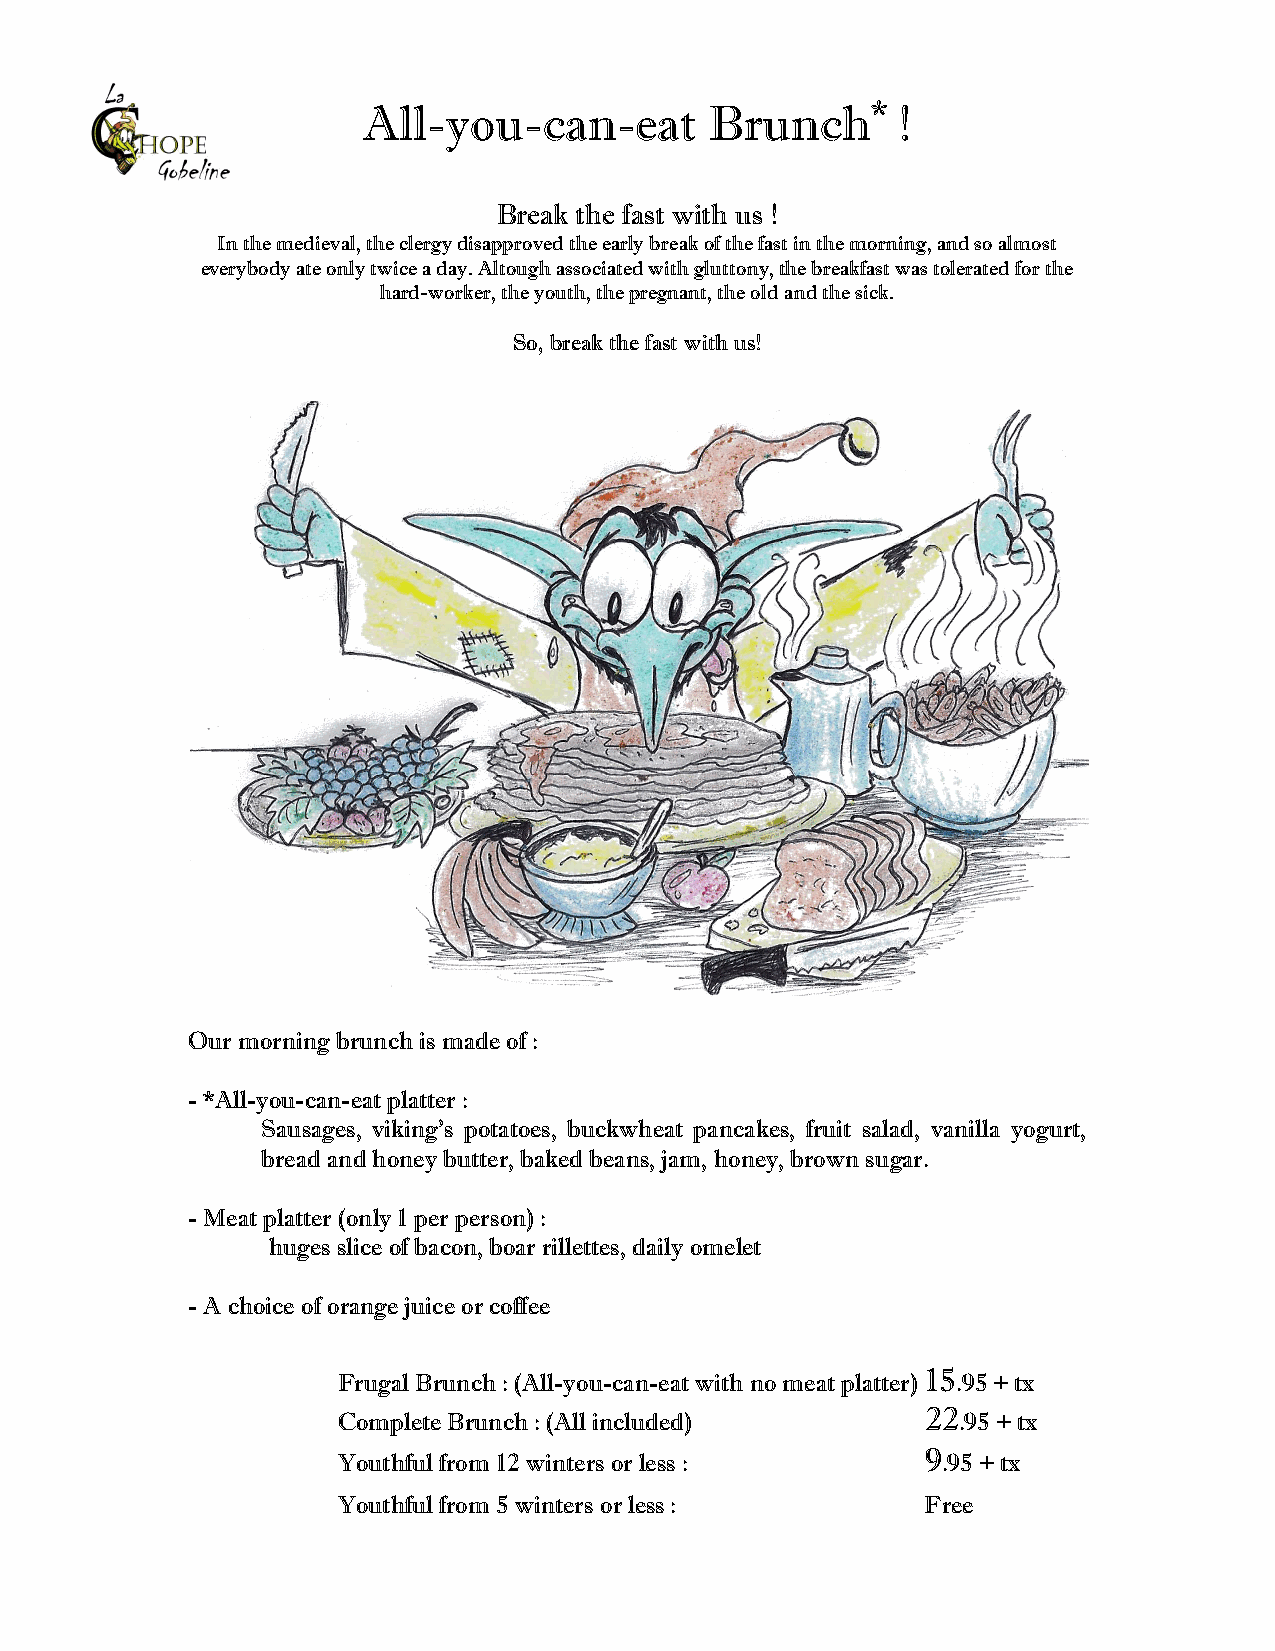
All-you-can-eat        Brunch*      !
 Break the fast with us !
 In the medieval, the clergy disapproved the early break of the fast in the morning, and so almost
 everybody ate only twice a day. Altough associated with gluttony, the breakfast was tolerated for the
 hard-worker, the youth, the pregnant, the old and the sick.
 So, break the fast with us!
 Our morning brunch is made of :
 - *All-you-can-eat platter :
 Sausages, viking's potatoes, buckwheat pancakes, fruit salad, vanilla yogurt,
 bread and honey butter, baked beans, jam, honey, brown sugar.
 - Meat platter (only 1 per person) :
 huges slice of bacon, boar rillettes, daily omelet
 - A choice of orange juice or coffee
 Frugal Brunch : (All-you-can-eat with no meat platter) 15.95 + tx
 Complete Brunch : (All included)       22.95 + tx
 Youthful from 12 winters or less :     9.95 + tx
 Youthful from 5 winters or less :      Free